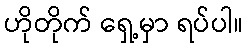
ဟိုတိုက် ရှေ့မှာ ရပ်ပါ။